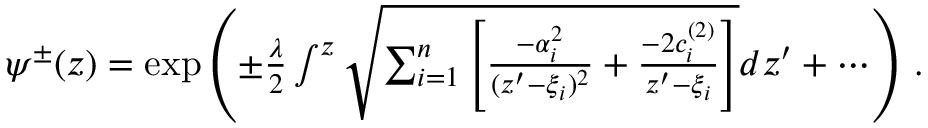
\begin{array} { r } { \psi ^ { \pm } ( z ) = \exp \left( \pm { \frac { \lambda } { 2 } } \int ^ { z } \sqrt { \sum _ { i = 1 } ^ { n } \left[ { \frac { - \alpha _ { i } ^ { 2 } } { ( z ^ { \prime } - \xi _ { i } ) ^ { 2 } } } + { \frac { - 2 c _ { i } ^ { ( 2 ) } } { z ^ { \prime } - \xi _ { i } } } \right] } d z ^ { \prime } + \cdots \right) \, . } \end{array}